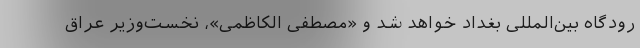
رودگاه بین‌المللی بغداد خواهد شد و «مصطفی الکاظمی»، نخست‌وزیر عراق